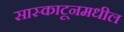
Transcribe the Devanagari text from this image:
सास्काटूनमधील